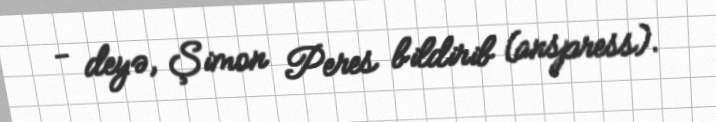
- deyə, Şimon Peres bildirib (anspress).